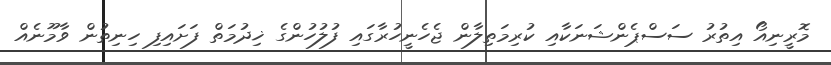
މޮރީނިއޯ އިތުރު ސަސްޕެންޝަނަކާއި ކުރިމަތިލާން ޖެހެނީހުރާގައި ފުލުހުންގެ ޚިދުމަތް ފަށައިފި ހިނިތުން ވާމޫނެއް